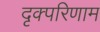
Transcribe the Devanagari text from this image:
दृक्परिणाम